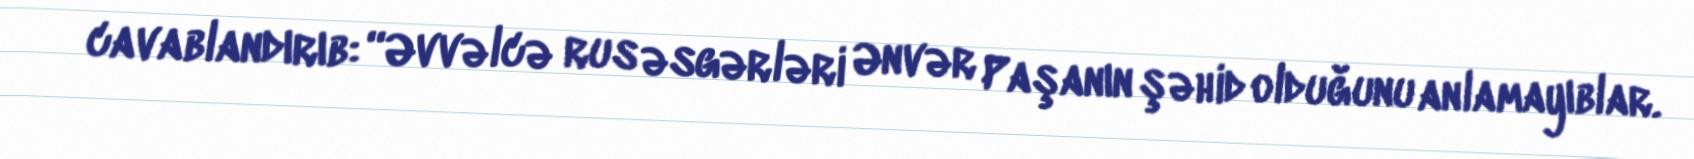
cavablandırıb: “Əvvəlcə rus əsgərləri Ənvər Paşanın şəhid olduğunu anlamayıblar.